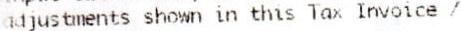
ADJUSTMENTS SHOWN IN THIS TAX INVOICE /